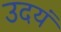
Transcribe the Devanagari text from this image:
उदयं